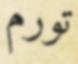
تورم